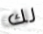
لك